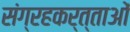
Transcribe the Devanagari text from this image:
संग्रहकर्त्ताओं